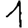
Digit: 1